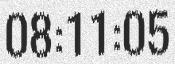
08:11:05